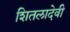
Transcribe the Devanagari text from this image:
शितलादेवी